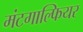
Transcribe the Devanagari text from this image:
मंटगाल्फियर